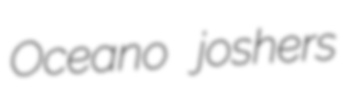
Oceano joshers